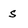
Character: s